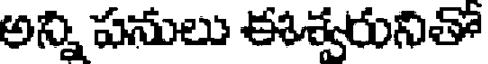
అన్ని పనులు ఈశ్వరునితో